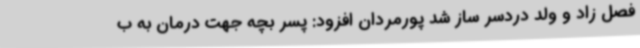
فصل زاد و ولد دردسر ساز شد پورمردان افزود: پسر بچه جهت درمان به ب